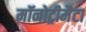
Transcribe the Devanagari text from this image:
मॉनोट्रीमैटा